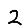
Digit: 2